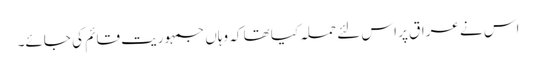
اس نے عراق پر اس لئے حملہ کیا تھا کہ وہاں جمہوریت قائم کی جائے۔